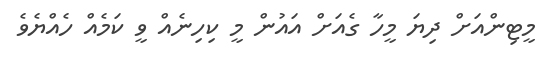
މީޓިންއަށް ދިޔަ މީހާ ގެއަށް އައުން މީ ކިހިނެއް ވީ ކަމެއް ހެއްޔެވެ